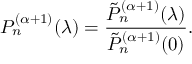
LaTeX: P _ { n } ^ { ( \alpha + 1 ) } ( \lambda ) = \frac { \tilde { P } _ { n } ^ { ( \alpha + 1 ) } ( \lambda ) } { \tilde { P } _ { n } ^ { ( \alpha + 1 ) } ( 0 ) } .